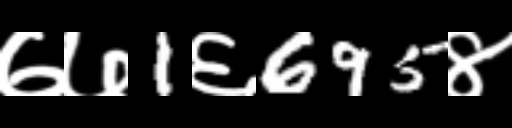
Text: ७७1६695४